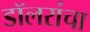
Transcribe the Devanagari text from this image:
डॉलरांचा